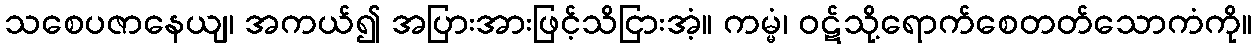
သစေပဇာနေယျ၊ အကယ်၍ အပြားအားဖြင့်သိငြားအံ့။ ကမ္မံ၊ ဝဋ်သို့ရောက်စေတတ်သောကံကို။